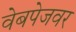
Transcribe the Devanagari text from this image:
वेबपेजवर